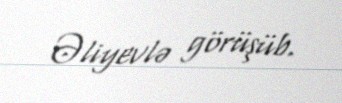
Əliyevlə görüşüb.